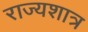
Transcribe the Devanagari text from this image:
राज्यशात्र